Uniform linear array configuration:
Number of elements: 32
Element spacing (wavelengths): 1
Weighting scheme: hann
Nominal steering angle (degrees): -15
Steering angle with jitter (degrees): -16.305
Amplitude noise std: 0.05
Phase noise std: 0.05

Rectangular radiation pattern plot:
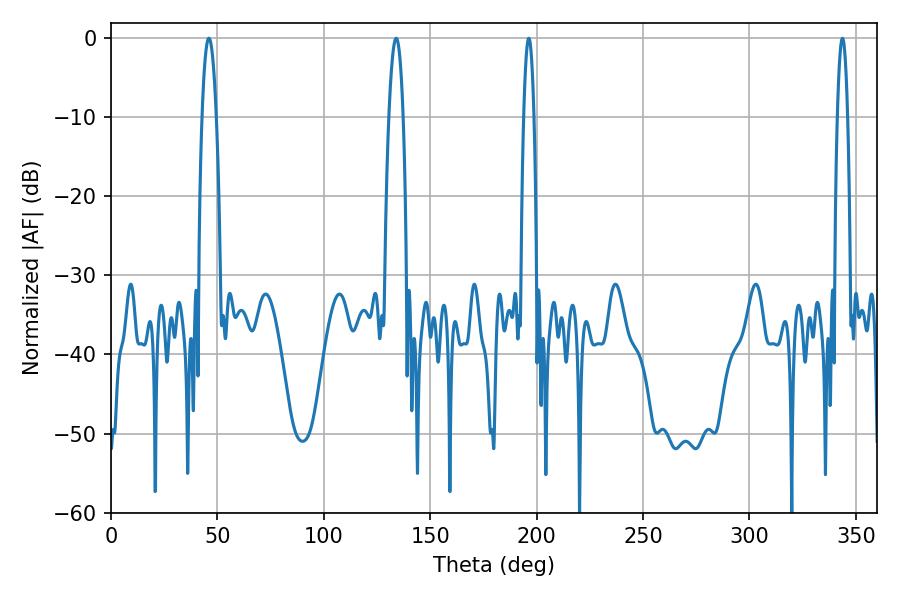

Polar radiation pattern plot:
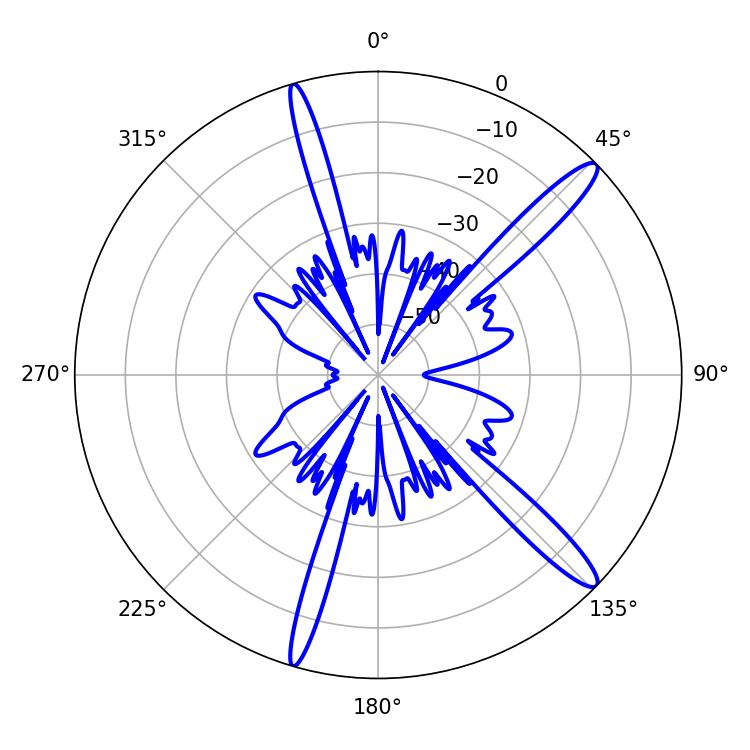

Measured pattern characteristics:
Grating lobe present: TRUE
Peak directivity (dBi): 14.398
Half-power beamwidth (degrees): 3.6
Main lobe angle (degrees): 133.92